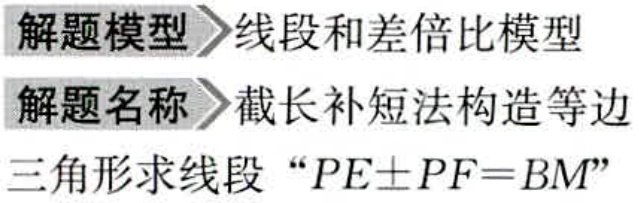
解题模型 线段和差倍比模型

解题名称 截长补短法构造等边

三角形求线段 “$PE\pm PF = BM$”